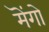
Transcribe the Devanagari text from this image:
मॆंगो